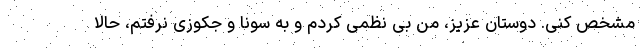
مشخص کنی. دوستان عزیز، من بی نظمی کردم و به سونا و جکوزی نرفتم، حالا